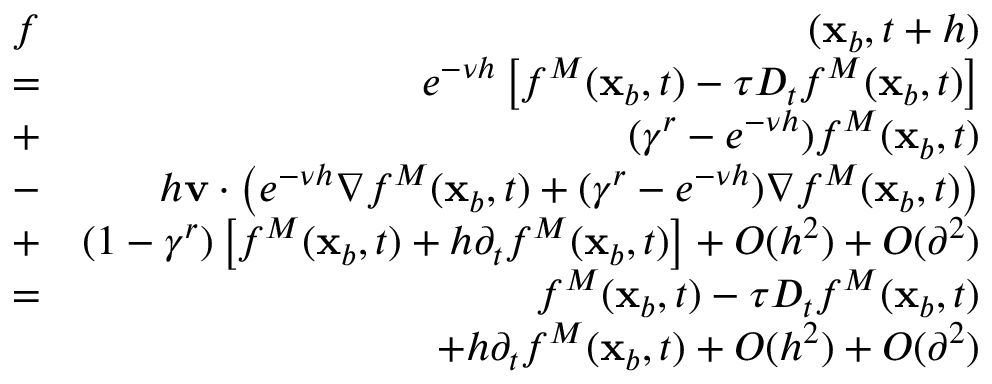
\begin{array} { r l r } & { f } & { ( \mathbf x _ { b } , t + h ) } \\ & { = } & { e ^ { - \nu h } \left[ f ^ { M } ( \mathbf x _ { b } , t ) - \tau D _ { t } f ^ { M } ( \mathbf x _ { b } , t ) \right] } \\ & { + } & { ( \gamma ^ { r } - e ^ { - \nu h } ) f ^ { M } ( \mathbf x _ { b } , t ) } \\ & { - } & { h \mathbf v \cdot \left( e ^ { - \nu h } \nabla f ^ { M } ( \mathbf x _ { b } , t ) + ( \gamma ^ { r } - e ^ { - \nu h } ) \nabla f ^ { M } ( \mathbf x _ { b } , t ) \right) } \\ & { + } & { ( 1 - \gamma ^ { r } ) \left[ f ^ { M } ( \mathbf x _ { b } , t ) + h \partial _ { t } f ^ { M } ( \mathbf x _ { b } , t ) \right] + O ( h ^ { 2 } ) + O ( \partial ^ { 2 } ) } \\ & { = } & { f ^ { M } ( \mathbf x _ { b } , t ) - \tau D _ { t } f ^ { M } ( \mathbf x _ { b } , t ) } \\ & { } & { + h \partial _ { t } f ^ { M } ( \mathbf x _ { b } , t ) + O ( h ^ { 2 } ) + O ( \partial ^ { 2 } ) } \end{array}